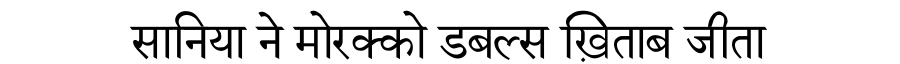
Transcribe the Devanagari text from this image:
सानिया ने मोरक्को डबल्स ख़िताब जीता